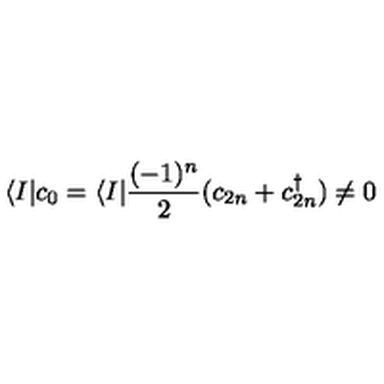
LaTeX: \langle I | c _ { 0 } = \langle I | { \frac { ( - 1 ) ^ { n } } { 2 } } ( c _ { 2 n } + c _ { 2 n } ^ { \dagger } ) \not = 0